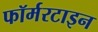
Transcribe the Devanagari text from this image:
फॉर्मरटाइन